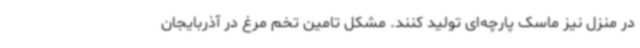
در منزل نیز ماسک پارچه‌ای تولید کنند. مشکل تامین تخم مرغ در آذربایجان